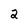
Character: 2